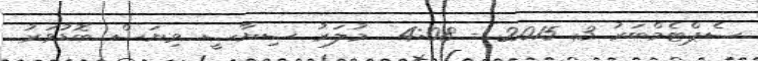
ސެޕްޓެމްބަރު 3